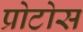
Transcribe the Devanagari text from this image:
प्रोटोस